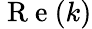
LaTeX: \mathrm{~R~e~}(k)